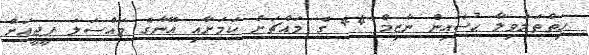
ހިތްތަލަވިލާ ޙުސެއިން ނާޒިމް 44 ގެ މައްޗަށް ކަމަށާއި އޭނާގެ މައްސަލަ ޕީޖީއަށް